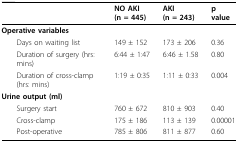
|  | NO AKI (n = 445) | AKI (n = 243) | p value |
 | --- | --- | --- | --- |
 | Operative variables |  |  |  |
 | Days on waiting list | 149 ± 152 | 173 ± 206 | 0.36 |
 | Duration of surgery (hrs: mins) | 6:44 ± 1:47 | 6:46 ± 1.58 | 0.80 |
 | Duration of cross-clamp (hrs: mins) | 1:19 ± 0:35 | 1:11 ± 0:33 | 0.004 |
 | Urine output (ml) |  |  |  |
 | Surgery start | 760 ± 672 | 810 ± 903 | 0.40 |
 | Cross-clamp | 175 ± 186 | 113 ± 139 | 0.00001 |
 | Post-operative | 785 ± 806 | 811 ± 877 | 0.60 |